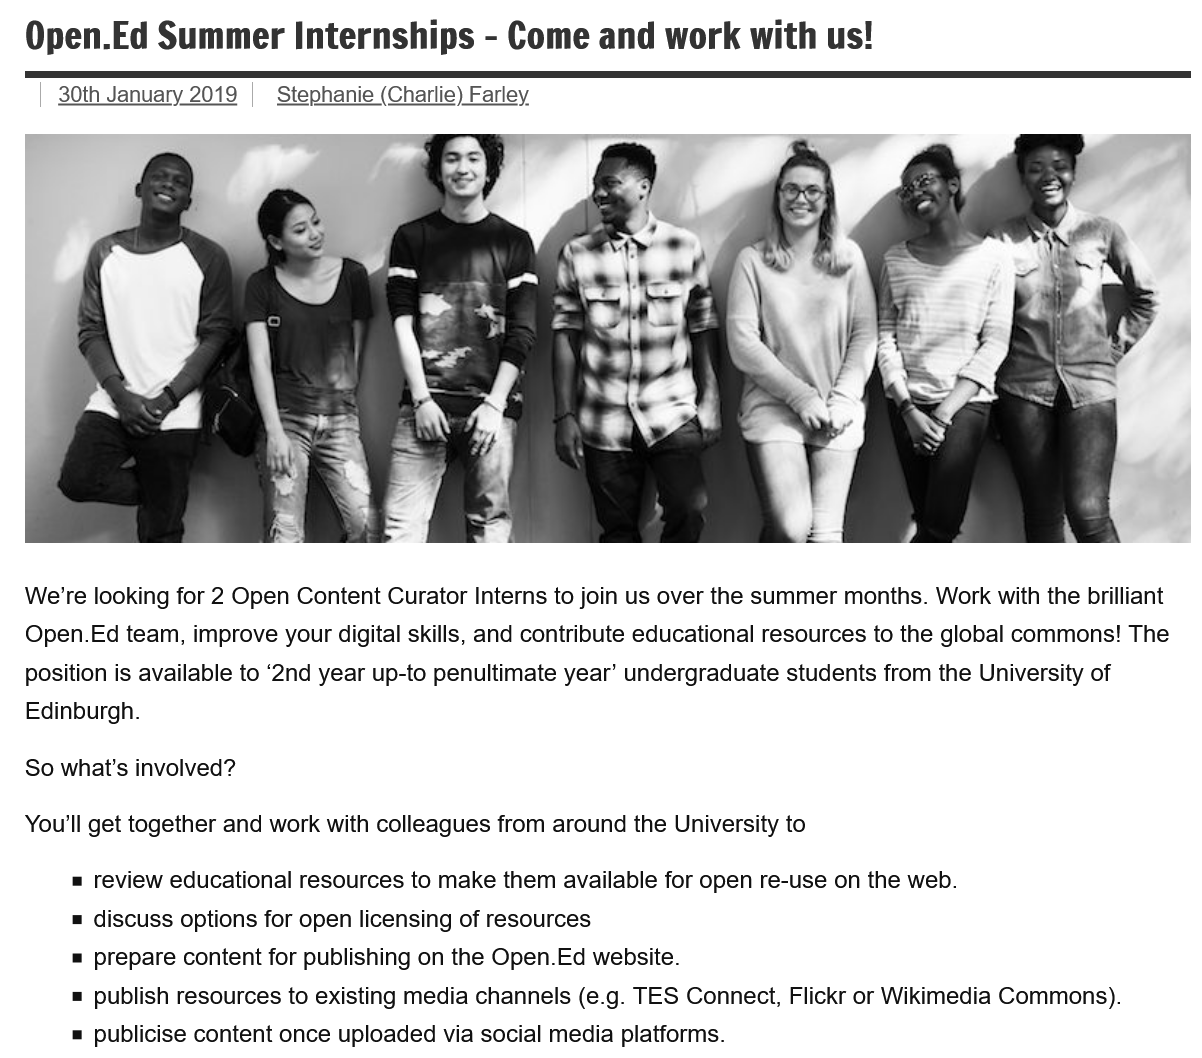
Open.Ed   Summer   Internships    -
     Come    and  work with    us!
   We're looking for 2 Open Content Curator Interns to join us over the summer months. Work with the brilliant
   Open.Ed team, improve your digital skills, and contribute educational resources to the global commons! The
   position is available to ‘2nd year up-to penultimate year’ undergraduate students from the University of
   Edinburgh.
   So what's involved?
   You'll get together and work with colleagues from around the University to
     = review educational resources to make them available for open re-use on the web.
     = discuss options for open licensing of resources
     = prepare content for publishing on the Open.Ed website.
     = publish resources to existing media channels (e.g. TES Connect, Flickr or Wikimedia Commons).
     = publicise content once uploaded via social media platforms.
     30th January 2019 Stephanie (Charlie) Farley